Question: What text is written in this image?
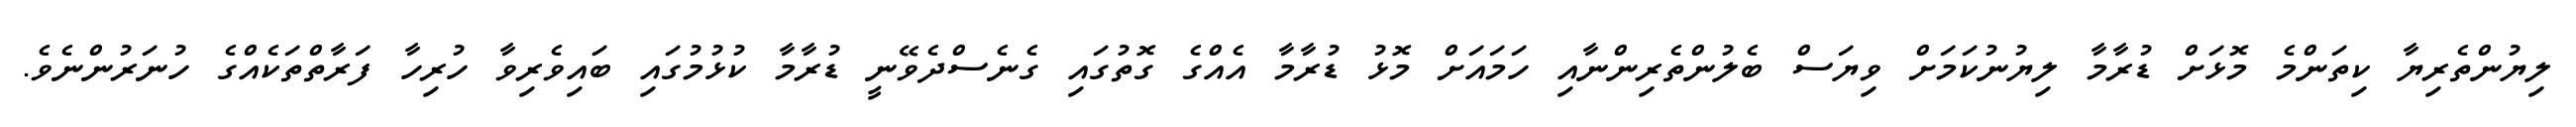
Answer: ލިޔުންތެރިޔާ ކިތަންމެ މޮޅަށް ޑުރާމާ ލިޔުނުކަމަށް ވިޔަސް ބެލުންތެރިންނާއި ހަމައަށް މޮޅު ޑުރާމާ އެއްގެ ގޮތުގައި ގެނެސްދެވޭނީ ޑުރާމާ ކުޅުމުގައި ބައިވެރިވާ ހުރިހާ ފަރާތްތަކެއްގެ ހުނަރުންނެވެ.